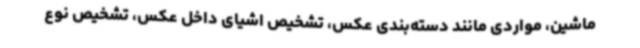
ماشین، مواردی مانند دسته‌بندی عکس، تشخیص اشیای داخل عکس، تشخیص نوع